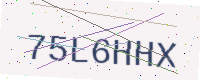
Text: 75L6HHX